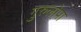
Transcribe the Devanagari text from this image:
गुरुलोपा